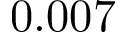
0 . 0 0 7